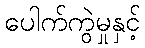
ပေါက်ကွဲမှုနှင့်